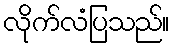
လိုက်လံပြသည်။